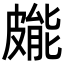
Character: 𭽳